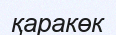
қаракөк